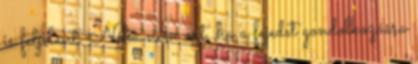
is feljelent. Néha nem árt, ha a fejedet gondolkozásra